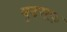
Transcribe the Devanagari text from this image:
बुदसफ़